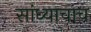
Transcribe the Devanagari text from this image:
सांध्याचाच